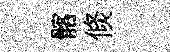
髂倐